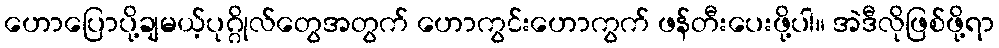
ဟောပြောပို့ချမယ့်ပုဂ္ဂိုလ်တွေအတွက် ဟောကွင်းဟောကွက် ဖန်တီးပေးဖို့ပါ။ အဲဒီလိုဖြစ်ဖို့ရာ